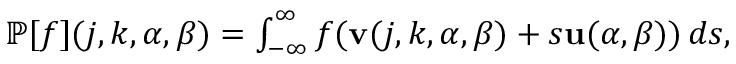
\begin{array} { r } { \mathbb { P } [ f ] ( j , k , \alpha , \beta ) = \int _ { - \infty } ^ { \infty } f ( \mathbf { v } ( j , k , \alpha , \beta ) + s \mathbf { u } ( \alpha , \beta ) ) \mathop { d s } , } \end{array}